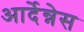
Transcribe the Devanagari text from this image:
आर्देन्नेस